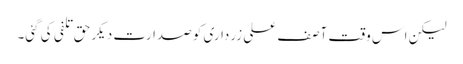
لیکن اس وقت آصف علی زرداری کو صدارت دیکر حق تلفی کی گئی۔